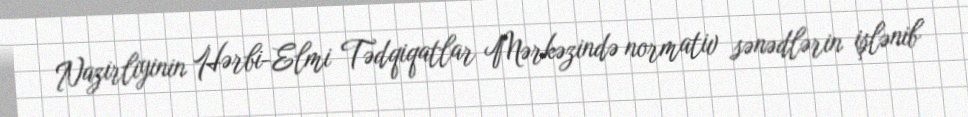
Nazirliyinin Hərbi-Elmi Tədqiqatlar Mərkəzində normativ sənədlərin işlənib